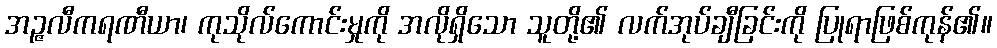
အဉ္ဇလီကရဏီယာ၊ ကုသိုလ်ကောင်းမှုကို အလိုရှိသော သူတို့၏ လက်အုပ်ချီခြင်းကို ပြုရာဖြစ်ကုန်၏။